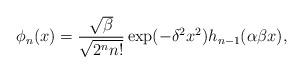
LaTeX: \begin{align*} \phi_n(x) = \frac{\sqrt{\beta}}{\sqrt{2^nn!}} \exp(-\delta^2 x^2) h_{n-1}(\alpha \beta x),\end{align*}